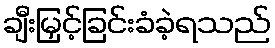
ချီးမြှင့်ခြင်းခံခဲ့ရသည်